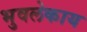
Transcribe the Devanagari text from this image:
भुवलेकाय